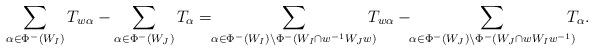
LaTeX: \begin{gather*} \sum_{\alpha\in \Phi^-(W_I)}T_{w\alpha} - \sum_{\alpha\in \Phi^-(W_J)}T_\alpha =\!\! \sum_{\alpha\in \Phi^-(W_I)\setminus \Phi^-(W_I\cap w^{-1}W_J w)}\!\!\!\!T_{w\alpha} - \!\!\sum_{\alpha\in \Phi^-(W_J)\setminus \Phi^-(W_J\cap w W_I w^{-1})}\!\!\!\!T_\alpha. \end{gather*}